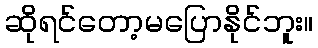
ဆိုရင်တော့မပြောနိုင်ဘူး။